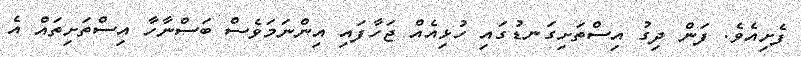
ފެށިއެވެ. ފަން ދިގު އިސްތަށިގަނޑުގައި ހުޅިއެއް ޖަހާފައި އިންނަމަވެސް ބަސްނާހާ އިސްތަށިތައް އެ